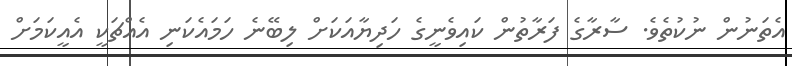
އެތަނުން ނުކުތެވެ. ސާރާގެ ފަރާތުން ކައިވެނީގެ ހަދިޔާއަކަށް ލިބޭނެ ހަމައެކަނި އެއްޗަކީ އެއީކަމަށް